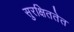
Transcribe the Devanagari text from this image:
सुरक्षिततेत